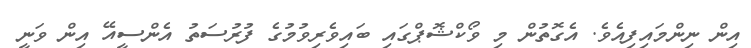
އިން ނިންމައިފިއެވެ. އެގޮތުން މި ވޯކްޝޮޕްގައި ބައިވެރިވުމުގެ ފުރުސަތު އެންސީއޭ އިން ވަނީ